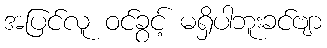
အပြင်လူ ဝင်ခွင့် မရှိပါဘူးခင်ဗျာ